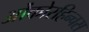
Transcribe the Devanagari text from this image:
ओंकोरहिन्चस